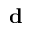
\mathbf { d }